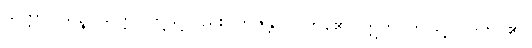
သတ္တာဝါသဉ္စ၊ သတ္တဝါတို့သို့လည်း။ ဘဇန္တိ၊ ဝင်ကုန်၏။ ဣတိ၊ ဤသို့။ ဝဒတိ၊ ၏။